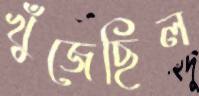
খুঁজেছিল